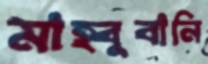
মাহ্বুবানি